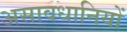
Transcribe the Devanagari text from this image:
असावधानियों